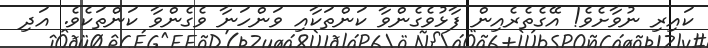
ކައިރި ނުވާށެވެ! އޭގެތެރެއިން ފާޅުވެގެންވާ ކަންތަކާއި ވަންހަނާ ވެގެންވާ ކަންތަކެވެ. އަދި